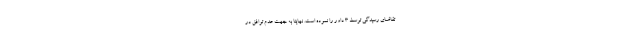
تقاضای رسیدگی توسط ۳ داور را نموده است. نهایتا به جهت عدم توافق در